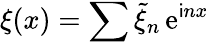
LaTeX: \xi(x)=\sum\widetilde\xi_{n}\, \mathrm{e}^{\mathsf{i}nx}